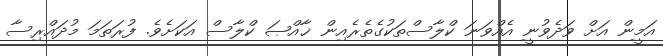
އަމީން އަށް ވަދެވުނީ އެއްވަނަ ކްލާސްތަކުގެތެރެއިން ޚާއްޞަ ކްލާސް އަކަށެވެ. ފުރަތަމަ މުދައްރިސާ